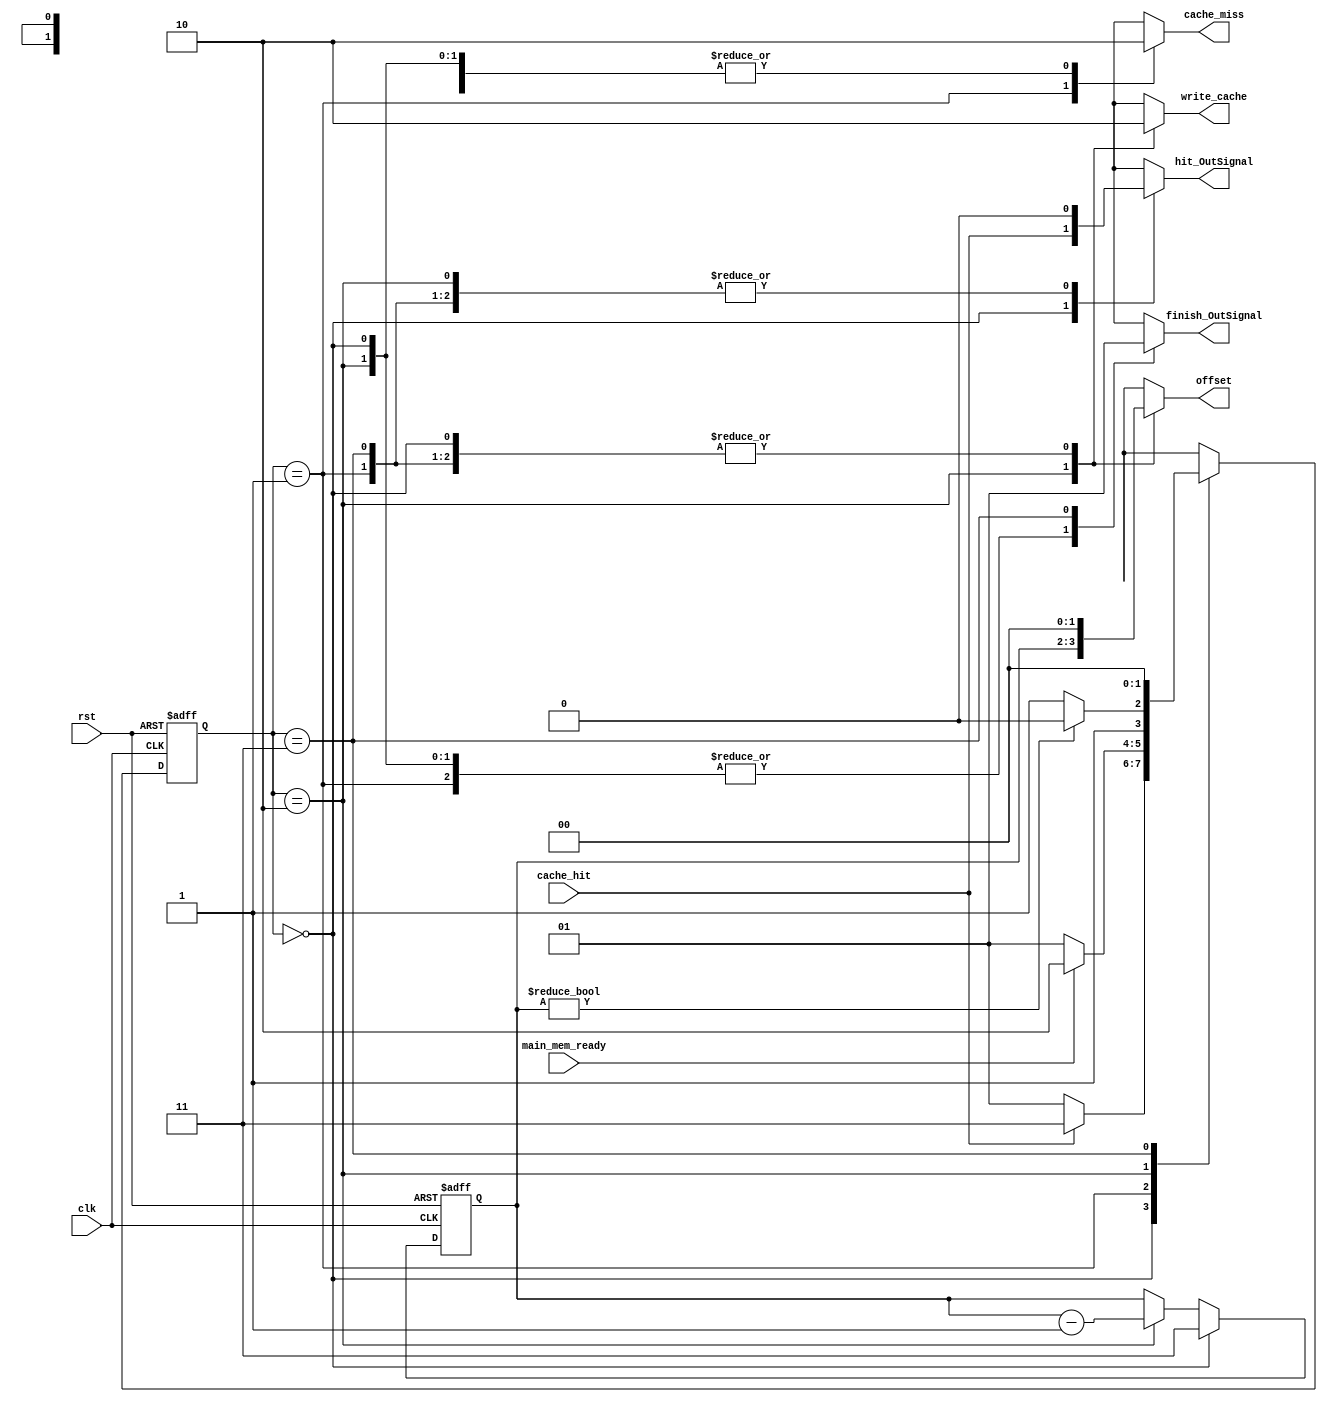
`timescale 1ns/1ns
module Controller(input clk , rst , cache_hit , main_mem_ready , output reg [1:0] offset , 
                  output reg finish_OutSignal , hit_OutSignal , cache_miss , write_cache);
  
  reg [1:0] ps , ns , write_counter;
  
  always@(ps , cache_hit , main_mem_ready , write_counter)  begin
    ns = 2'b00;
    case(ps)
      // Start State
      2'b00: ns = cache_hit ? 2'b11 : 2'b01;
      // Missed State
      2'b01: ns = main_mem_ready ? 2'b10 : 2'b01;
      // 4 Writes States
      2'b10: ns = (write_counter != 0) ? 2'b10 : 2'b11;
      // Finish State
      2'b11: ns = 2'b00; 
    endcase    
  end
  
  always@(ps , write_counter) begin
    {finish_OutSignal , hit_OutSignal , cache_miss , write_cache} = 4'b0; offset = 2'b00;
    case(ps)
      2'b00: begin
        hit_OutSignal = cache_hit; offset = 2'b00;
      end
      2'b01: begin
        {cache_miss , hit_OutSignal} = 2'b10; offset = 2'b00;
      end
      2'b10: begin
        {write_cache , hit_OutSignal} = 2'b10; offset = write_counter;
      end
      2'b11: begin
        {finish_OutSignal , hit_OutSignal} = 2'b10; offset = 2'b00;
      end
    endcase
  end
  
  always@(posedge clk , posedge rst) begin
    if(rst)
      ps <= 2'b00;
    else
      ps <= ns;
  end
  
  // Counter for 4 Writes
  always@(posedge clk , posedge rst) begin
    if(rst)
      write_counter <= 2'b11;
    else
      if(ps == 2'b00)
        write_counter <= 2'b11;
      else if(ps == 2'b10)
        write_counter <= write_counter - 1; 
  end
  
endmodule